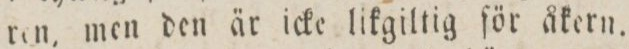
ren, men den är icke likgiltig för åkern.